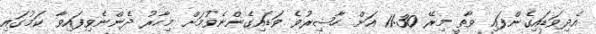
އެދިވަޑައިގެންފައި ވާތީ މިރޭ 11:30 އަށް ހާޟިރުވެ ވަޑައިގެންނެވުމަށް މިހާރު ދެންނެވިފައިވާ ކަމުގައި